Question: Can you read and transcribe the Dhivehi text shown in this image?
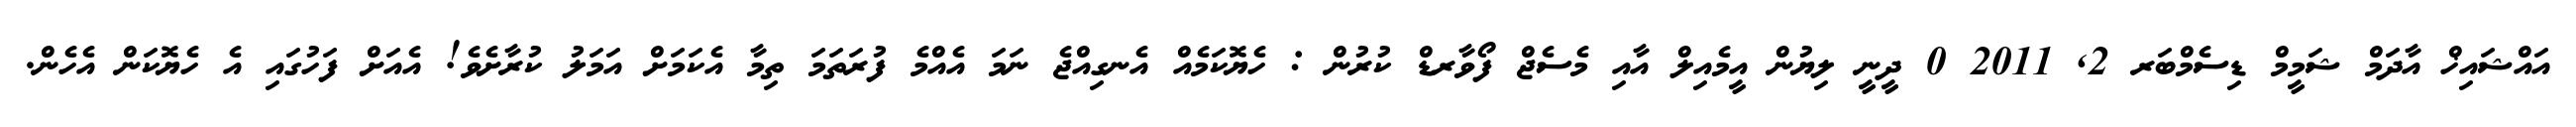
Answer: އައްޝައިޚް އާދަމް ޝަމީމް ޑިސެމްބަރ 2, 2011 0 ދީނީ ލިޔުން އީމެއިލް އާއި މެސެޖް ފޯވާރޑް ކުރުން : ހެޔޮކަމެއް އެނގިއްޖެ ނަމަ އެއްމެ ފުރަތަމަ ތިމާ އެކަމަށް އަމަލު ކުރާށެވެ! އެއަށް ފަހުގައި އެ ހެޔޮކަން އެހެން.